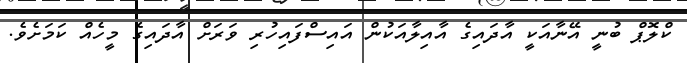
ކްލޮޕް ބުނީ އޭނާއަކީ އާދައިގެ އާއިލާއަކުން އައިސްފައިހުރި ވަރަށް އާދައިގެ މީހެއް ކަމަށެވެ.